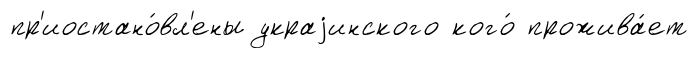
пр'иостано́вл'ены украjинского кого́ прожива́ет